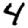
Digit: 4